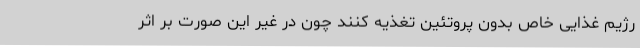
رژیم غذایی خاص بدون پروتئین تغذیه کنند چون در غیر این صورت بر اثر